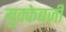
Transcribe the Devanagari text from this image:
मुक्केबज़ी